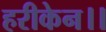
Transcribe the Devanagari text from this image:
हरीकेन।।